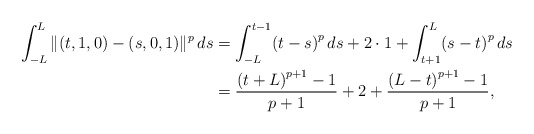
\begin{align*} \int_{-L}^L \Vert (t,1,0) - (s,0,1) \Vert^p \,ds &= \int _{-L}^{t-1}\! \left( t-s \right)^{p}{ds} +2\cdot 1 +\int _{t+1}^{L}\! \left( s-t \right)^{p}{ds} \\ &= \frac { \left( t+L \right)^{p+1}-1}{p+1} +2 + \frac {\left( L-t \right)^{p+1}-1 }{p+1}, \end{align*}